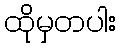
ထိုမှတပါး